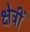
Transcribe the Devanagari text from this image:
क्षेत्रीं